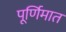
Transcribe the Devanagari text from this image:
पूर्णिमात